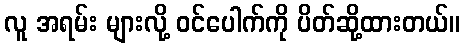
လူ အရမ်း များလို့ ဝင်ပေါက်ကို ပိတ်ဆို့ထားတယ်။